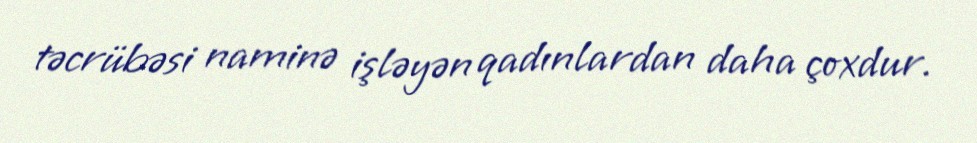
təcrübəsi naminə işləyən qadınlardan daha çoxdur.